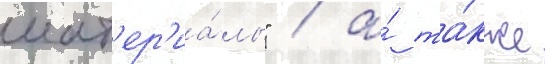
мат'ер'иа́лы" / а́ та́кже